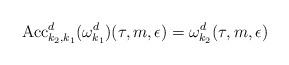
LaTeX: \begin{align*}\mathrm{Acc}_{k_{2},k_{1}}^{d}(\omega_{k_1}^{d})(\tau,m,\epsilon) = \omega_{k_2}^{d}(\tau,m,\epsilon) \end{align*}